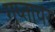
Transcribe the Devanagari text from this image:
गुप्ताचर